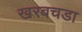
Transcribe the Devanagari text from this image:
खरबचडा